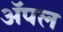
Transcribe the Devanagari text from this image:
अॅपल